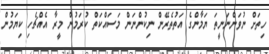
ހިތަށް ނުވަންނަނީތަ ޔަމާންގެ އަތުތެރޭން ނިކުންނަން މަސައްކަތް ކުރަމުން މީރާ އެއްޗެހި ކިޔަމުން